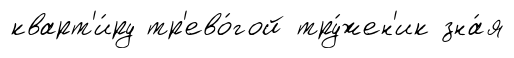
кварт'и́ру тр'ево́гой тру́жен'ик зна́я